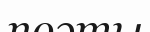
поэты